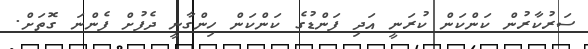
ސަރުކާރުން ކަންކަން ކުރަނީ އަދި ފަންޑުގެ ކަންކަން ހިންގާނީ ދެފުށް ފެންނަ ގޮތަށް.